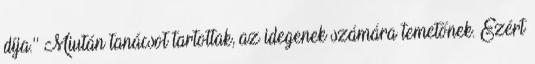
díja.'' Miután tanácsot tartottak, az idegenek számára temetőnek. Ezért